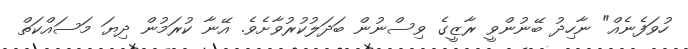
ހުވަފެނެއް" ނާހިދު ބޭނުންވީ ރާޒީގެ ވިސްނުން ބަދަލުކުރުވާށެވެ. އޭނާ ކުރަމުން ދިޔަ މަސައްކަތް